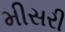
મીસરી